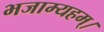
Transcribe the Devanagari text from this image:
भजाम्यहम्।